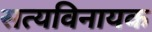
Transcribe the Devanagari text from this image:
सत्यविनायक